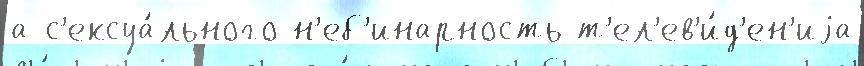
а с'ексуа́льного н'еб'инарность т'ел'ев'и́д'ен'иjа